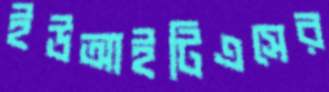
ইউআইটিএসের